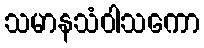
သမာနသံဝါသကော